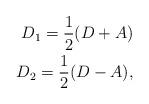
LaTeX: \begin{align*}D_1 = \frac{1}{2}(D + A) \\D_2 = \frac{1}{2}(D - A),\end{align*}